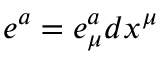
e ^ { a } = e _ { \mu } ^ { a } d x ^ { \mu }